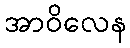
အာဝိလေန